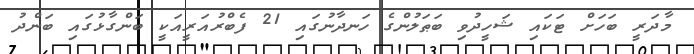
މާދަރީ ބަހަށް ޓަކައި ޝަހީދުވި ބަޠަލުންގެ ހަނދާނުގައި 21 ފެބްރުއަރީއަކީ ބަންގާޅުގައި ބަންދު